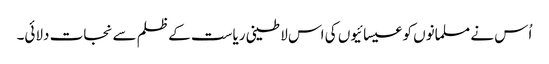
اُس نے مسلمانوں کو عیسائیوں کی اس لاطینی ریاست کے ظلم سے نجات دلائی۔